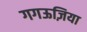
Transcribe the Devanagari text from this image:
गगऊज़िया